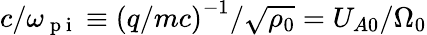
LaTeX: c/\omega_{\mathrm{~p~i~}}\equiv\left(q/mc\right)^{-1}/\sqrt{\rho_{0}}=U_{A0}/\Omega_{0}